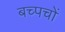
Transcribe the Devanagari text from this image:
बच्पचों